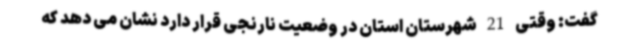
گفت: وقتی 21 شهرستان استان در وضعیت نارنجی قرار دارد نشان می دهد که